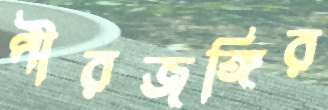
পীরজঙ্গির